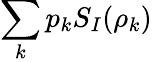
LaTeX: \sum_{k}p_{k}S_{I}(\rho_{k})